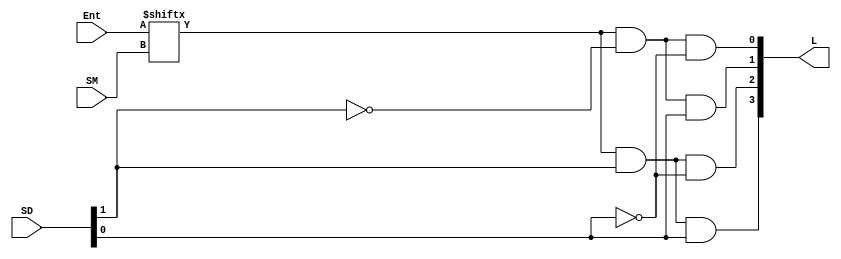
module logic_diagram(Ent, SM, SD, L);

	input [3:0] Ent;//input_siganl
	input [1:0] SM;//mux_select
	input [1:0] SD;//demux_select
	output [4:1] L;//out_signal
	
	assign L[1] = Ent[SM] & ~SD[1] & ~SD[0];
	assign L[2] = Ent[SM] & ~SD[1] & SD[0];
	assign L[3] = Ent[SM] & SD[1] & ~SD[0];
	assign L[4] = Ent[SM] & SD[1] & SD[0];

endmodule